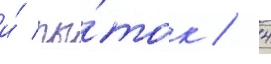
и́ пы́ток / 4